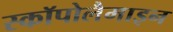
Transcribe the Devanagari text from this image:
स्कॉपोलैमाइन